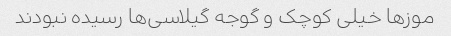
موزها خیلی کوچک و گوجه گیلاسی‌ها رسیده نبودند